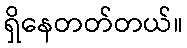
ရှိနေတတ်တယ်။